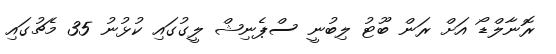
ރޮނާލްޑޯ އަށް ރަން ބޫޓު ލިބުނީ ސްޕެނިޝް ލީގުގައި ކުޅުނު 35 މެޗުގައި